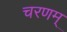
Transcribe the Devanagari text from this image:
चरणम्‌